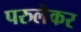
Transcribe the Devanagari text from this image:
परुलेकर